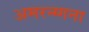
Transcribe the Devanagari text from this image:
अमरन्ग्गना